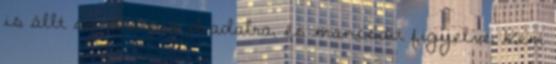
is állt az elsöprő diadalra, és mancsait figyelve, Kem